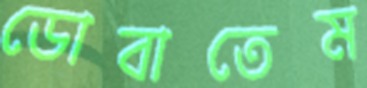
ডোবাতেম